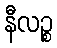
နီလဉ္စ